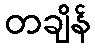
တချိန်